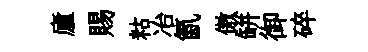
廬賜䊀冶氤傲缾御碎